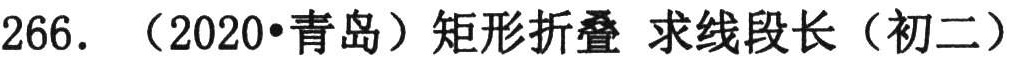
266. （2020•青岛）矩形折叠 求线段长（初二）